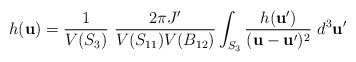
\begin{align*}h({\bf u}) = \frac{1}{V(S_3)} \ \frac{2\pi J'}{V(S_{11})V(B_{12})}\int_{S_3} \frac{h({\bf u}')}{({\bf u}-{\bf u}')^2} \ d^3{\bf u}'\end{align*}